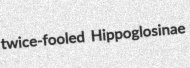
twice-fooled Hippoglosinae